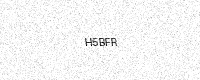
Text: H5BFR